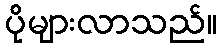
ပိုများလာသည်။